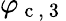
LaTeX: \varphi_{\mathrm{~c~,~3~}}